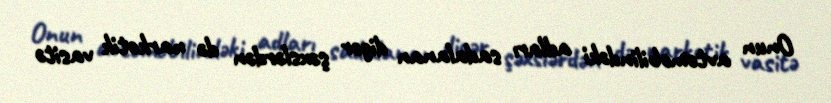
Onun avtomobilindəki adları sadalanan digər şəxslərdən də narkotik vasitə